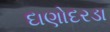
દાણોદરડા